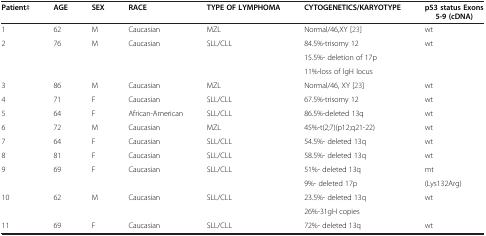
| Patient# | AGE | SEX | RACE | TYPE OF LYMPHOMA | CYTOGENETICS/KARYOTYPE | p53 status Exons 5-9 (cDNA) |
 | --- | --- | --- | --- | --- | --- | --- |
 | 1 | 62 | M | Caucasian | MZL | Normal/46,XY [23] | wt |
 | <ROWSPAN=3> 2 | <ROWSPAN=3> 76 | <ROWSPAN=3> M | <ROWSPAN=3> Caucasian | <ROWSPAN=3> SLL/CLL | 84.5%-trisomy 12 | <ROWSPAN=3> wt |
 | 15.5%- deletion of 17p |
 | 11%-loss of lgH locus |
 | 3 | 86 | M | Caucasian | MZL | Normal/46, XY [23] | wt |
 | 4 | 71 | F | Caucasian | SLL/CLL | 67.5%-trisomy 12 | wt |
 | 5 | 64 | F | African-American | SLL/CLL | 86.5%-deleted 13q | wt |
 | 6 | 72 | M | Caucasian | MZL | 45%-t(2;7)(p12;q21-22) | wt |
 | 7 | 64 | F | Caucasian | SLL/CLL | 54.5%- deleted 13q | wt |
 | 8 | 81 | F | Caucasian | SLL/CLL | 58.5%- deleted 13q | wt |
 | <ROWSPAN=2> 9 | <ROWSPAN=2> 69 | <ROWSPAN=2> F | <ROWSPAN=2> Caucasian | <ROWSPAN=2> SLL/CLL | 51%- deleted 13q | mt |
 | 9%- deleted 17p | (Lys132Arg) |
 | <ROWSPAN=2> 10 | <ROWSPAN=2> 62 | <ROWSPAN=2> M | <ROWSPAN=2> Caucasian | <ROWSPAN=2> SLL/CLL | 23.5%- deleted 13q | <ROWSPAN=2> wt |
 | 26%-31gH copies |
 | 11 | 69 | F | Caucasian | SLL/CLL | 72%- deleted 13q | wt |